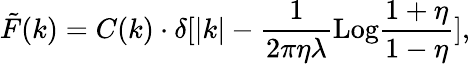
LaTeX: \tilde{F}(k)=C(k)\cdot\delta[|k|-{\frac{1}{2\pi\eta\lambda}}\mathrm{Log}{\frac{1+\eta}{1-\eta}}],